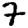
Digit: 7